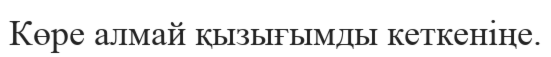
Көре алмай қызығымды кеткеніңе.